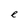
Character: e